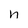
Character: h